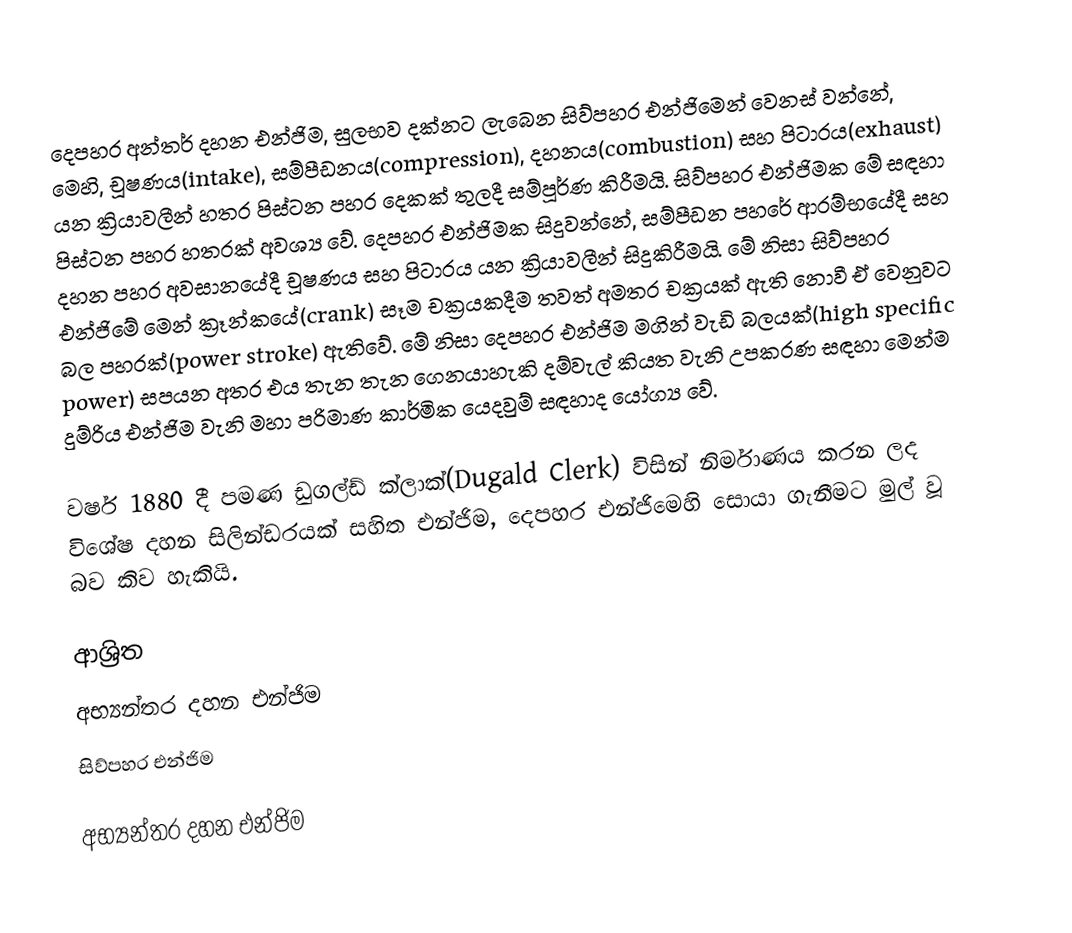
දෙපහර අන්තර් දහන එන්ජිම, සුලභව දක්නට ලැබෙන සිව්පහර එන්ජිමෙන් වෙනස් වන්නේ, මෙහි, චූෂණය(intake), සම්පීඩනය(compression), දහනය(combustion) සහ පිටාරය(exhaust) යන ක්‍රියාවලීන් හතර පිස්ටන පහර දෙකක් තුලදී සම්පූර්ණ කිරීමයි. සිව්පහර එන්ජිමක මේ සඳහා පිස්ටන පහර හතරක් අවශ්‍ය වේ. දෙපහර එන්ජිමක සිදුවන්නේ, සම්පීඩන පහරේ ආරම්භයේදී සහ දහන පහර අවසානයේදී චූෂණය සහ පිටාරය යන ක්‍රියාවලීන් සිදුකිරීමයි. මේ නිසා සිව්පහර එන්ජිමේ මෙන් ක්‍රෑන්කයේ(crank) සෑම චක්‍රයකදීම තවත් අමතර චක්‍රයක් ඇති නොවී ඒ වෙනුවට බල පහරක්(power stroke) ඇතිවේ. මේ නිසා දෙපහර එන්ජිම මගින් වැඩි බලයක්(high specific power) සපයන අතර එය තැන තැන ගෙනයාහැකි දම්වැල් කියත වැනි උපකරණ සඳහා මෙන්ම දුම්රිය එන්ජිම වැනි මහා පරිමාණ කාර්මික යෙදවුම් සඳහාද යෝග්‍ය වේ.

වර්ෂ 1880 දී පමණ ඩුගල්ඩ් ක්ලාක්(Dugald Clerk) විසින් නිර්මාණය කරන ලද විශේෂ දහන සිලින්ඩරයක් සහිත එන්ජිම, දෙපහර එන්ජිමෙහි සොයා ගැනීමට මුල් වූ බව කිව හැකියි.

ආශ්‍රිත
 අභ්‍යන්තර දහන එන්ජිම
 සිව්පහර එන්ජිම

අභ්‍යන්තර දහන එන්ජිම